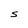
Character: S